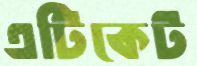
এটিকেট